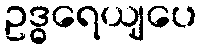
ဥဒ္ဓရေယျပေ